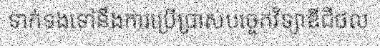
ទាក់ទងទៅនឹងការប្រើប្រាស់បច្ចេកវិទ្យាឌីជីថល